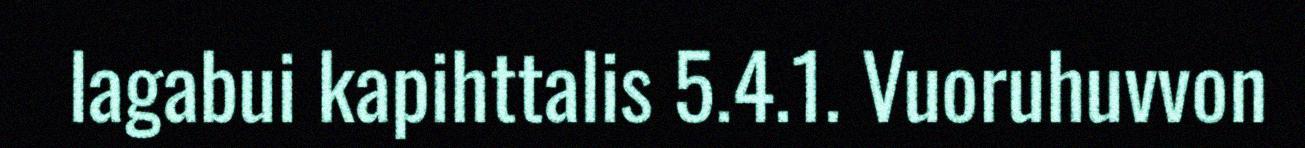
lagabui kapihttalis 5.4.1. Vuoruhuvvon